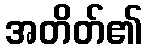
အတိတ်၏